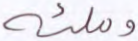
وملئه